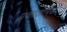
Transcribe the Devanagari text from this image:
प्रकाशपिंड